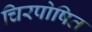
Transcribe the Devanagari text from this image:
चिरपोषित